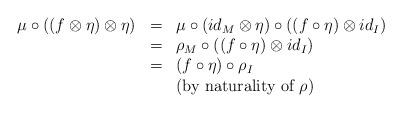
LaTeX: \begin{align*}\begin{array}{lll}\mu\circ ((f\otimes\eta)\otimes\eta)&=&\mu\circ (id_M\otimes \eta)\circ ((f\circ\eta)\otimes id_I)\\&=&\rho_M\circ ((f\circ\eta)\otimes id_I)\\&=&(f\circ \eta)\circ \rho_I\\&&\mbox{(by naturality of $\rho$)}\end{array}\end{align*}